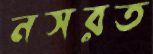
নসরত